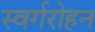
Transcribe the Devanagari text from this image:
स्वर्गरोहन